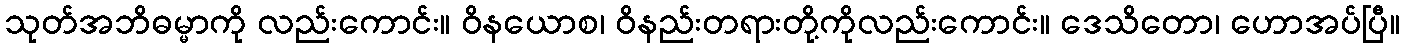
သုတ်အဘိဓမ္မာကို လည်းကောင်း။ ဝိနယောစ၊ ဝိနည်းတရားတို့ကိုလည်းကောင်း။ ဒေသိတော၊ ဟောအပ်ပြီ။